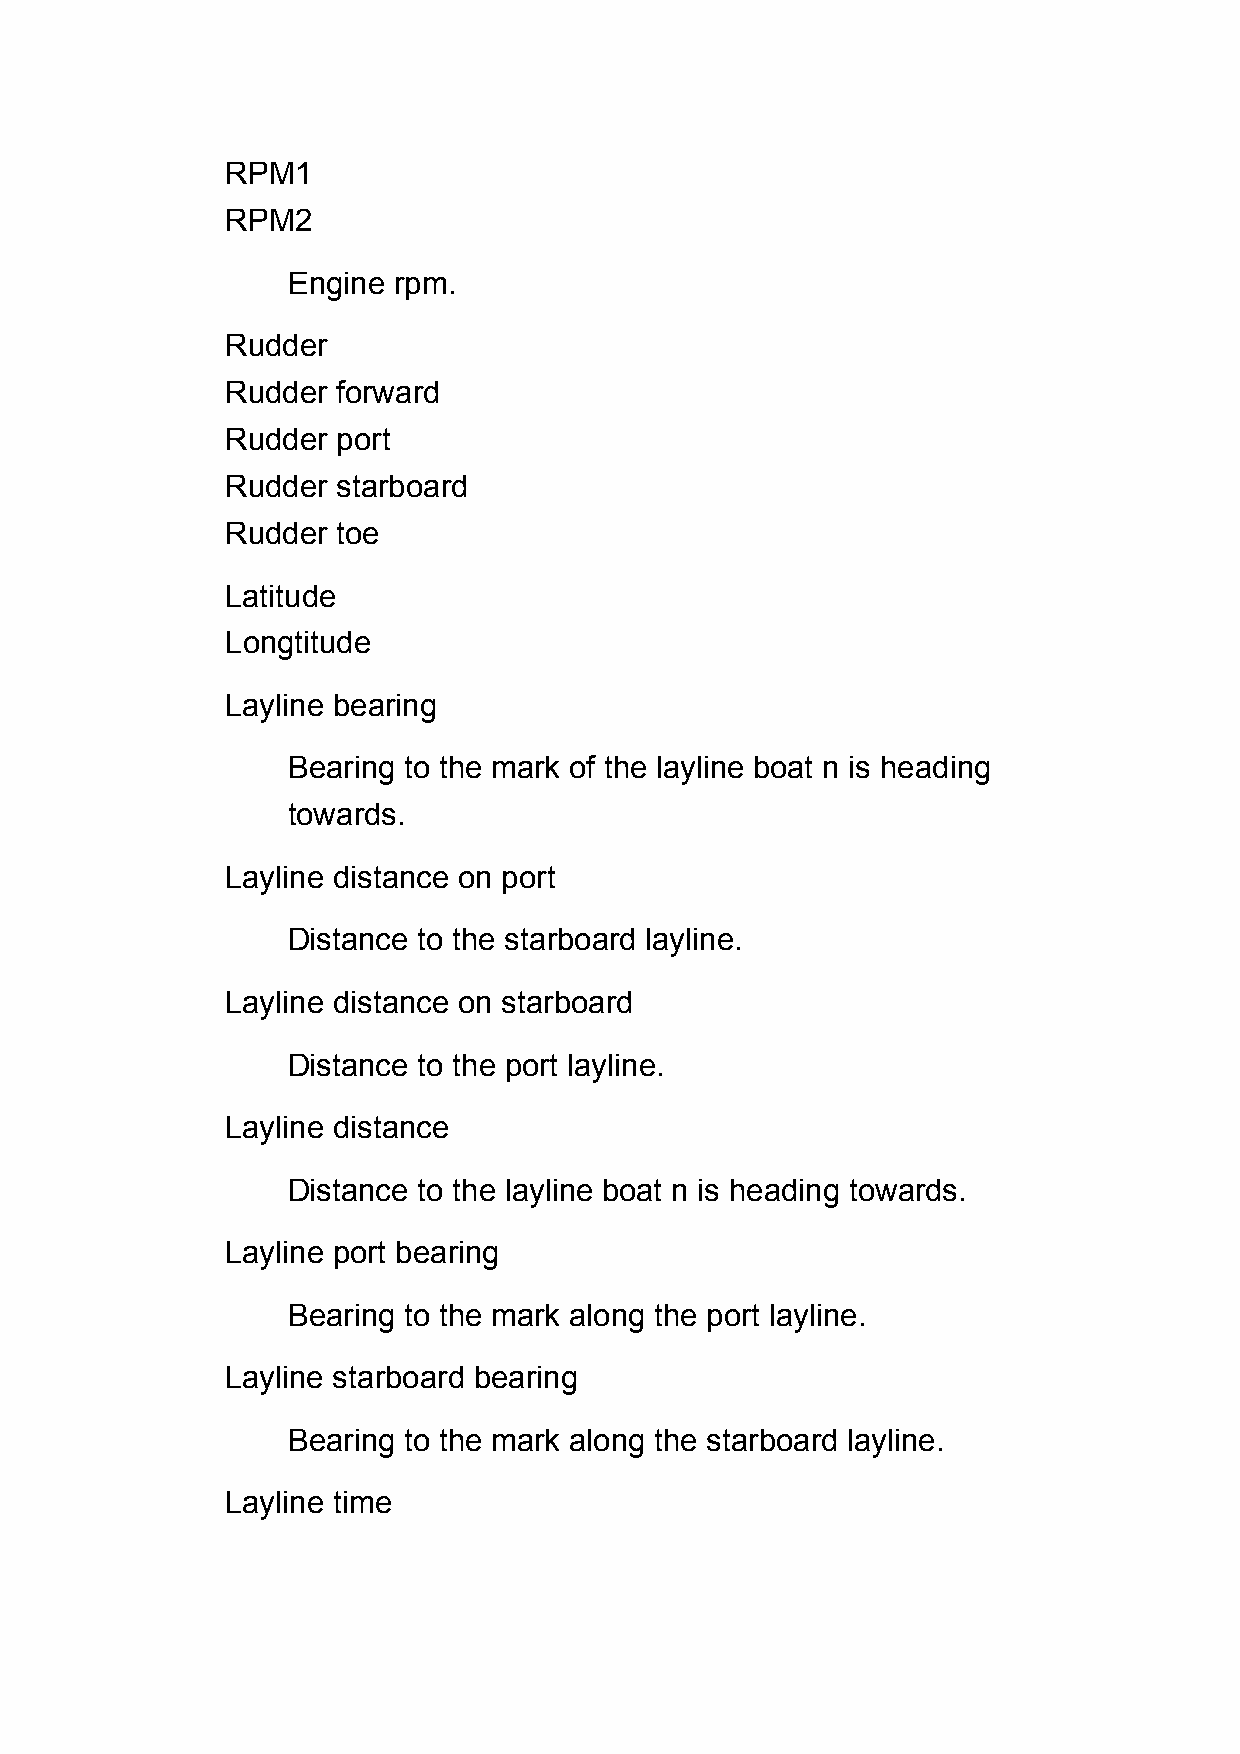
RPM1
 RPM2
 Engine rpm.
 Rudder
 Rudder forward
 Rudder port
 Rudder starboard
 Rudder toe
 Latitude
 Longtitude
 Layline bearing
 Bearing to the mark of the layline boat n is heading
 towards.
 Layline distance on port
 Distance to the starboard layline.
 Layline distance on starboard
 Distance to the port layline.
 Layline distance
 Distance to the layline boat n is heading towards.
 Layline port bearing
 Bearing to the mark along the port layline.
 Layline starboard bearing
 Bearing to the mark along the starboard layline.
 Layline time